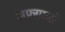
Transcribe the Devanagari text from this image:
अफ़्ग़ानों